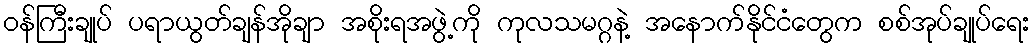
ဝန်ကြီးချုပ် ပရာယွတ်ချန်အိုချာ အစိုးရအဖွဲ့ကို ကုလသမဂ္ဂနဲ့ အနောက်နိုင်ငံတွေက စစ်အုပ်ချုပ်ရေး